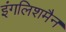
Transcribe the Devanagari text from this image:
इंगलिशमैन